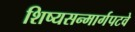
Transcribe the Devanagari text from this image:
शिष्यसन्मार्गपटवे